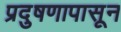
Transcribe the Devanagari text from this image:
प्रदुषणापासून